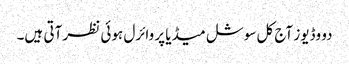
دو وڈیوز آج کل سوشل میڈیا پر وائرل ہوئی نظر آتی ہیں۔